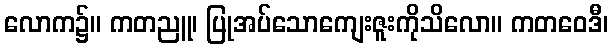
လောက၌။ ကတညူ၊ ပြုအပ်သောကျေးဇူးကိုသိလော။ ကတဝေဒီ၊